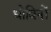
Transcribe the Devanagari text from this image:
धोबिनों